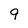
Character: 9